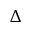
\Delta